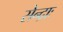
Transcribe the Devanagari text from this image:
सेन्द्राः